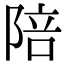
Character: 陪